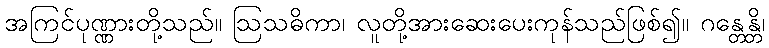
အကြင်ပုဏ္ဏားတို့သည်။ ဩသဓိကာ၊ လူတို့အားဆေးပေးကုန်သည်ဖြစ်၍။ ဂန္တေန္တိ၊